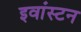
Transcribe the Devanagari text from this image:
इवांस्टन